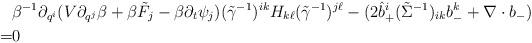
LaTeX: \begin{align*}&\beta^{-1}\partial_{q^i}(V\partial_{q^j}\beta+\beta\tilde F_j -\beta\partial_t\psi_j)(\tilde\gamma^{-1})^{ik}H_{k\ell}(\tilde\gamma^{-1})^{j\ell}-(2\hat{b}_+^i(\tilde\Sigma^{-1})_{ik}b_-^k+\nabla\cdot b_-)\\=&0\end{align*}